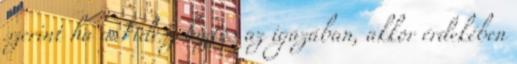
szerint ha a Fidesz biztos az igazában, akkor érdekében